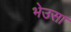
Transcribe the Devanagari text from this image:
भेउसा